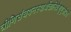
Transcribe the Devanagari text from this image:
त्रीणिसंचयनस्यार्थेतानिवैशृणुसांप्रतं